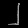
Digit: ၂